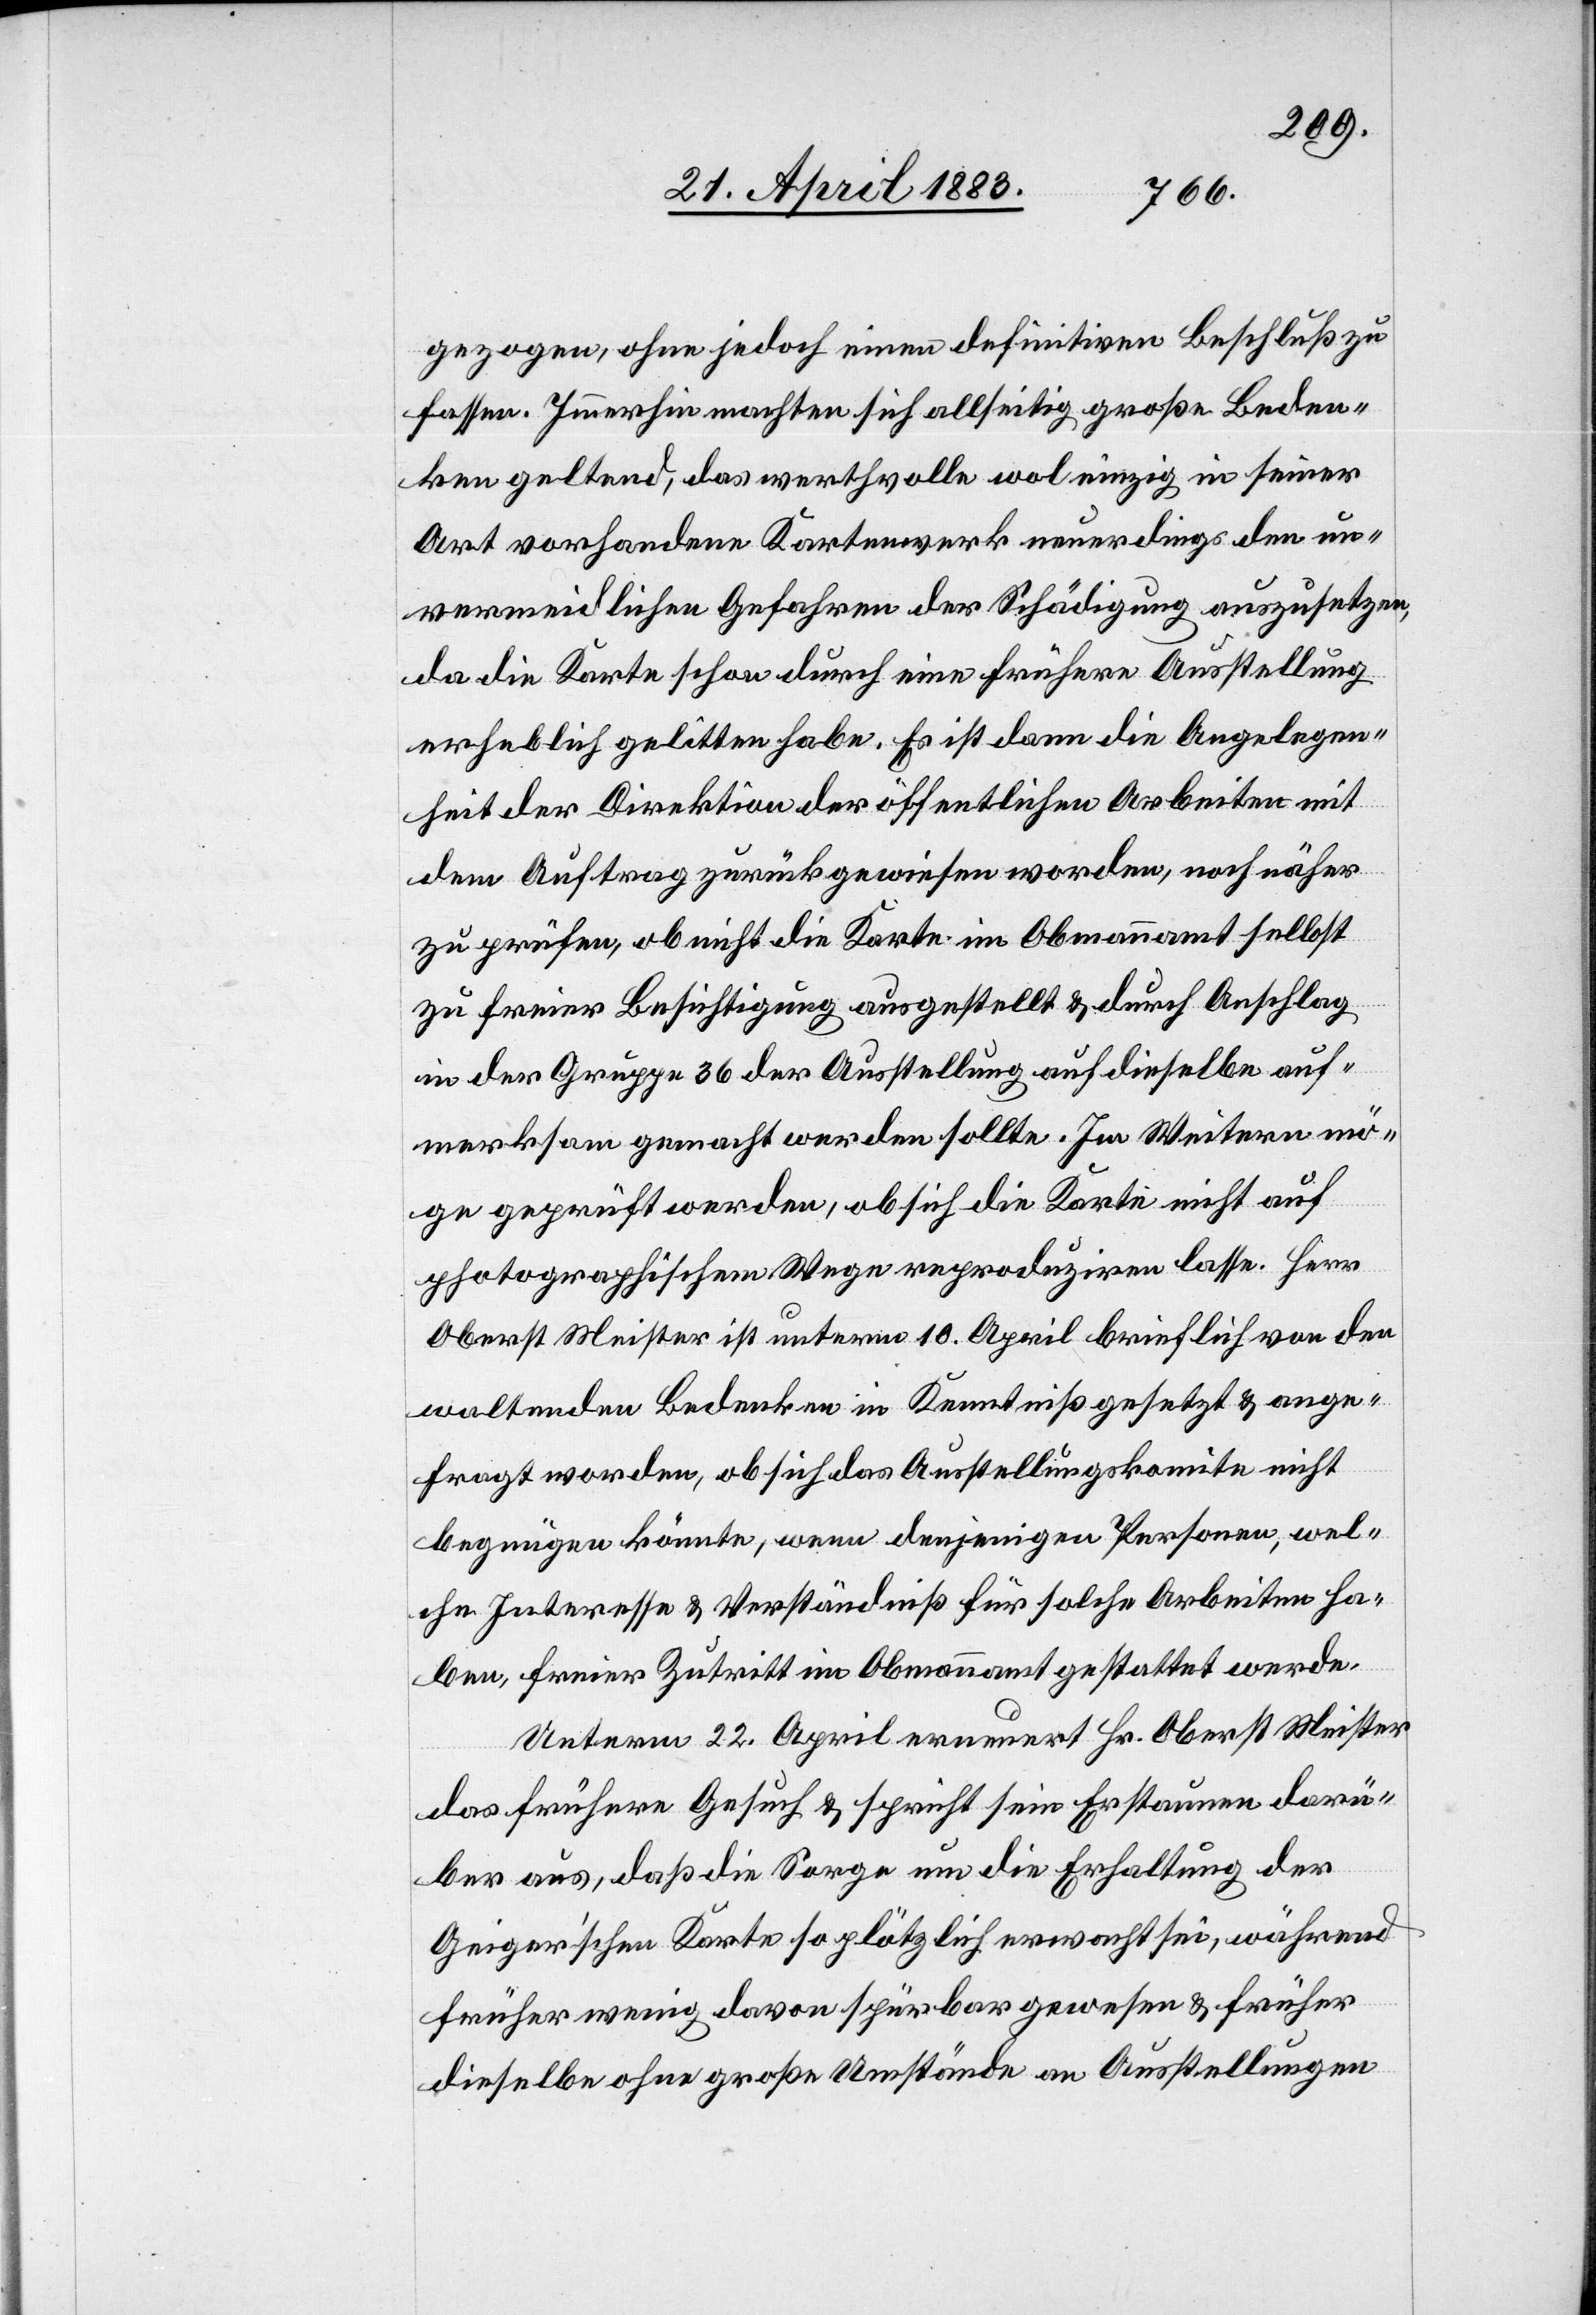
gezogen, ohne jedoch einen definitiven Beschluß zu
fassen. Immerhin machten sich allseitig große Beden¬
ken geltend, das werthvolle wol einzig in seiner
Art vorhandene Kartenwerk neuerdings den un¬
vermeidlichen Gefahren der Schädigung auszusetzen,
da die Karte schon durch eine frühere Ausstellung
erheblich gelitten habe. Es ist dann die Angelegen¬
heit der Direktion der öffentlichen Arbeiten mit
dem Auftrag zurückgewiesen worden, noch näher
zu prüfen, ob nicht die Karte im Obmannamt selbst
zu freier Besichtigung ausgestellt & durch Anschlag
in der Gruppe 36 der Ausstellung auf dieselbe auf¬
merksam gemacht werden sollte. Im Weitern mö¬
ge geprüft werden, ob sich die Karte nicht auf
photographischem Wege reproduziren lasse. Herr
Oberst Meister ist unterm 10. April brieflich von den
waltenden Bedenken in Kenntniß gesetzt & ange¬
fragt worden, ob sich das Ausstellungskomite nicht
begnügen könnte, wenn denjenigen Personen, wel¬
che Interessen & Verständniß für solche Arbeiten ha¬
ben, freier Zutritt im Obmannamt gestattet werde.
Unterm 22. April erneuert Hr. Oberst Meister
das frühere Gesuch & spricht sein Erstaunen darü¬
ber aus, daß die Sorge um die Erhaltung der
Geiger’schen Karte so plötzlich erwachst sei, während
früher wenig davon spürbar gewesen & früher
dieselbe ohne große Umstände an Ausstellungen